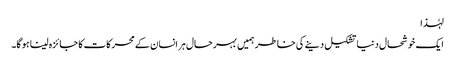
لہٰذا
ایک خوشحال دنیا تشکیل دینے کی خاطر ہمیں بہرحال ہر انسان کے محرکات کا جائزہ لینا ہو گا۔